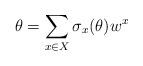
LaTeX: \begin{align*}\theta=\sum_{x\in X}\sigma_x(\theta)w^x\end{align*}